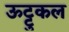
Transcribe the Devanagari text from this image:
ऊट्टुकल